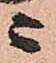
ニ